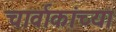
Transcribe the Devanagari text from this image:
चार्वाकांच्या